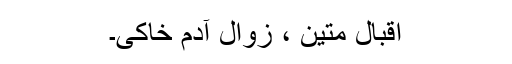
اقبال متین ، زوال آدم خاکی۔